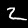
Label: 2